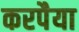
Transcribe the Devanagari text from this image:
करपैया